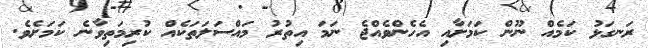
ރަނގަޅު ކަމެއް ނޫން ކަމަށާއި އެހެންވެއްޖެ ނަމަ އިތުރު މައްސަލަތަކެއް ކުރިމަތިވާނެ ކަމަށެވެ.